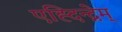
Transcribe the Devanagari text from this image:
एह्दिन्द्नेम्